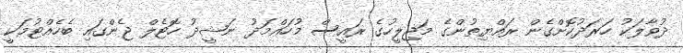
ދުވާލަކު ހަރަދުކޮށްގެން ރައްޔިތުންގެ މަޖިލީހުގެ ރައީސް މުހައްމަދު ނަޝީދު ހޮޓެލް ޖެންގައި ބެހެއްޓުމަކީ